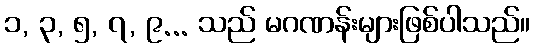
၁, ၃, ၅, ၇, ၉... သည် မဂဏန်းများဖြစ်ပါသည်။